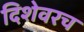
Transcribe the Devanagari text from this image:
दिशेवरच